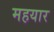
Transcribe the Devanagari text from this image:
महयार